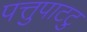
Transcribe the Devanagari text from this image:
पत्तुपाटटु